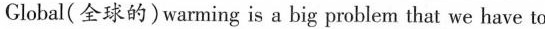
Global(全球的)warming is a big problem that we have to